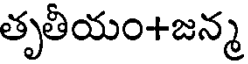
తృతీయం+జన్మ